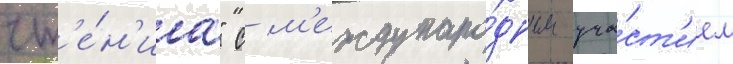
чт'е́н'иа" с м'еждунаро́дным уча́ст'ием